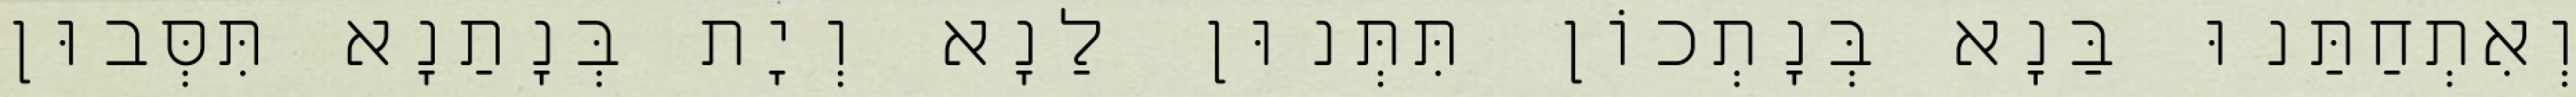
וְאִתְחַתַּנוּ בַּנָא בְּנָתְכוֹן תִּתְּנוּן לַנָא וְיָת בְּנָתַנָא תִּסְּבוּן